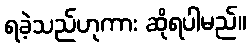
ရခဲ့သည်ဟုကား ဆိုရပါမည်။